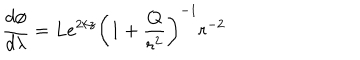
\frac { d \phi } { d \lambda } = L e ^ { 2 k z } { \left( 1 + \frac { Q } { r ^ { 2 } } \right) } ^ { - 1 } r ^ { - 2 }